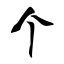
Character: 个